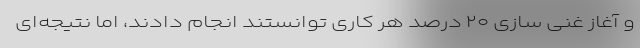
و آغاز غنی سازی ۲۰ درصد هر کاری توانستند انجام دادند، اما نتیجه‌ای